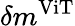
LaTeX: \delta m^{\mathrm{ViT}}